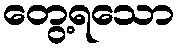
တွေ့ရသော